Vaccine operations Central Provinces & Berar 1912-1920 - 1912-1920
Year: 1912
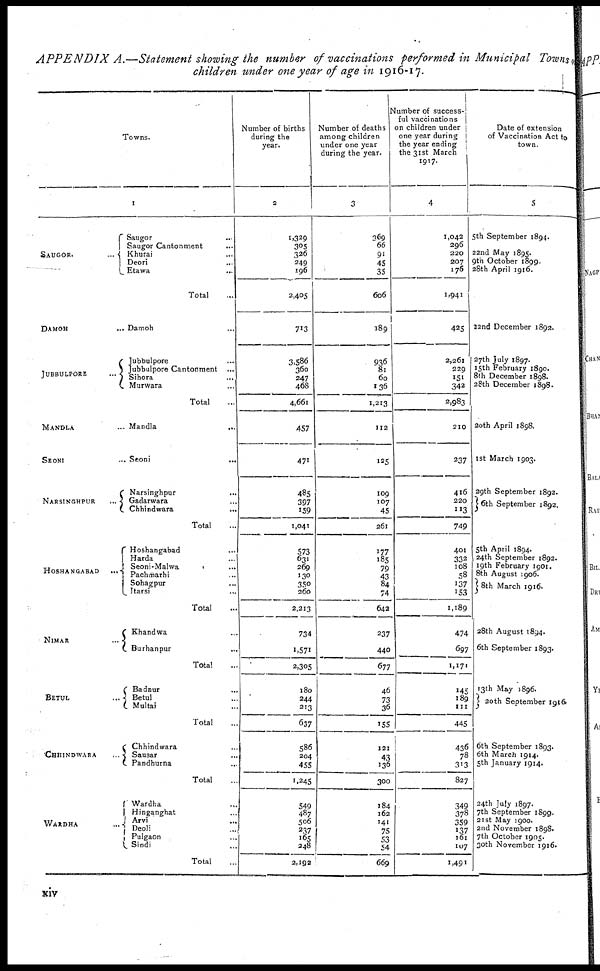
APPENDIX A.—Statement showing the number of vaccinations performed in Municipal Towns of
children under one year of age in 1916-17.
Towns.
1
SAUGOR.
...
DAMOH
...
JUBBULPORE
...
MANDLA ...
SEONI ...
NARSINGHPUR
...
HOSHANGABAD
...
NIMAR ...
BETUL ...
CHHINDWARA ...
WARDHA ...
Saugor ...
Saugor Cantonment ...
Khurai ...
Deori ...
Etawa
...
Total
...
Damoh
...
Jubbulpore ...
Jubbulpore Cantonment ...
Sihora ...
Murwara ...
Total ...
Mandla
...
Seoni
...
Narsinghpur
...
Gadarwara
...
Chhindwara
...
Total ...
Hoshangabad ...
Harda ...
Seoni-Malwa ...
Pachmarhi ...
Sohagpur ...
Itarsi ...
Total ...
Khandwa ...
Burhanpur
...
Total ...
Badnur
...
Betul ...
Multai ...
Total ...
Chhindwara ...
Sausar
...
Pandhurna ...
Total ...
Wardha ...
Hinganghat ...
Arvi
...
Deoli ...
Pulgaon ...
Sindi ...
Total ...
Number of births
during the
year.
2
1,329
305
326
249
196
2,405
713
3,586
360
247
468
4,661
457
471
485
397
159
1,041
573
631
269
130
350
260
2,213
734
1,571
2,305
180
244
213
637
586
204
455
1,245
549
487
506
237
165
248
2,192
Number of deaths
among children
under one year
during the year.
3
369
66
91
45
35
606
189
936
81
60
136
1,213
112
125
109
107
45
261
177
185
79
43
84
74
642
237
440
677
46
73
36
155
121
43
136
300
184
162
141
75
53
54
669
Number of success-
ful vaccinations
on children under
one year during
the year ending
the 31st March
1917.
4
1,042
296
220
207
176
1,941
425
2,261
229
151
342
2,983
210
237
416
220
113
749
401
332
108
58
137
153
1,189
474
697
1,171
145
189 111
445
436
78
313
827
349
378
359
137
161
107
1,491
Date of extension
of Vaccination Act to
town.
5
5th September 1894.
22nd May 1895.
9th October 1899.
28th April 1916.
22nd December 1892.
27th July 1897.
15th February 1890.
8th December 1898.
28th December 1898.
20th April 1898.
1st March 1903.
29th September 1892.
6th September 1892.
5th April 1894.
24th September 1892.
19th February 1901.
8th August 1906.
8th March 1916.
28th August 1894.
6th September 1893.
13th May 1896.
20th September 1916
6th September 1893.
6th March 1914.
5th January 1914.
24th July 1897.
7th September 1899.
21 st May 1900.
2nd November 1898.
7th October 1905.
30th November 1916.
xiv